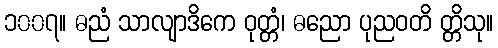
၁၀၀၇။ ဓညံ သာလျာဒိကေ ဝုတ္တံ၊ ဓညော ပုညဝတိ တ္တိသု။